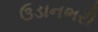
ઉડાનભરી